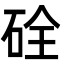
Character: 硂